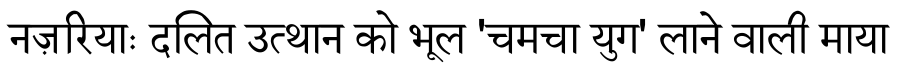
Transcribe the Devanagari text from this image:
नज़रियाः दलित उत्थान को भूल 'चमचा युग' लाने वाली माया